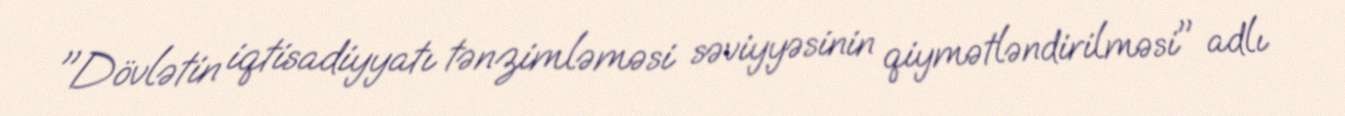
"Dövlətin iqtisadiyyatı tənzimləməsi səviyyəsinin qiymətləndirilməsi" adlı